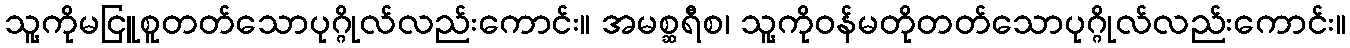
သူ့ကိုမငြူစူတတ်သောပုဂ္ဂိုလ်လည်းကောင်း။ အမစ္ဆရီစ၊ သူ့ကိုဝန်မတိုတတ်သောပုဂ္ဂိုလ်လည်းကောင်း။